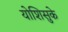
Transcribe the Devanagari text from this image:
योशिसुके